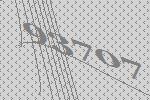
93707